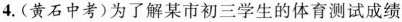
4.(黄石中考)为了解某市初三学生的体育测试成绩